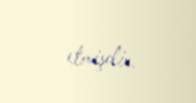
etmişdir.